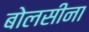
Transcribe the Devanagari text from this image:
बोलसीना